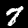
Label: 7